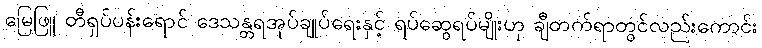
မြေဖြူ တီရှပ်ပန်းရောင် ဒေသန္တရအုပ်ချုပ်ရေးနှင့် ရပ်ဆွေရပ်မျိုးဟု ချီတက်ရာတွင်လည်းကောင်း